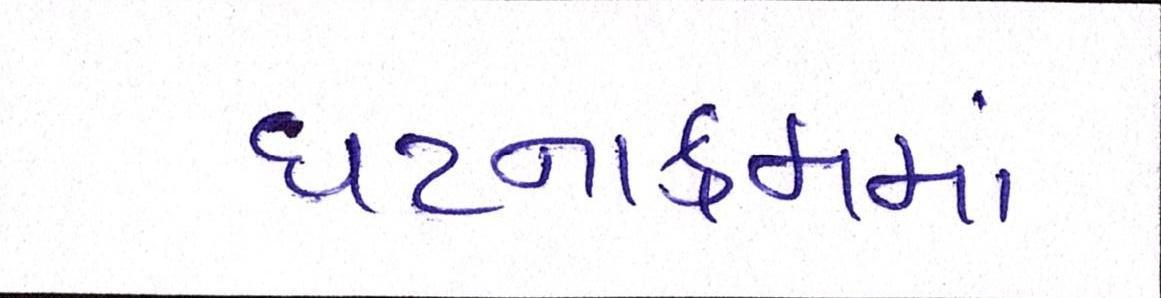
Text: ઘટનાક્રમમાં